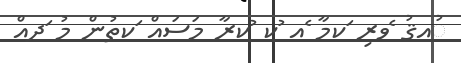
ުއޤު ެވރި ަކމާ ެއ ުކ ުކރާ މަސައް ަކތުން މު ަދއް